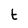
Character: t